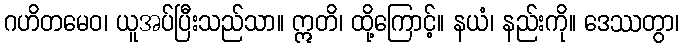
ဂဟိတမေဝ၊ ယူအပ်ပြီးသည်သာ။ ဣတိ၊ ထို့ကြောင့်။ နယံ၊ နည်းကို။ ဒေဿတွာ၊